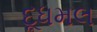
દૂધમલ